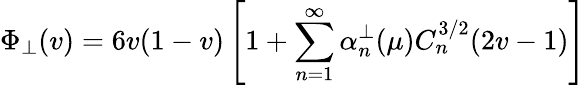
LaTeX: \Phi_{\perp}(v)=6v(1-v)\left[1+\sum_{n=1}^{\infty}\alpha_{n}^{\perp}(\mu)C_{n}^{3/2}(2v-1)\right]